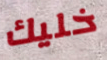
خليك